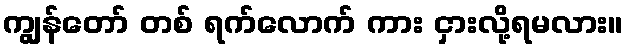
ကျွန်တော် တစ် ရက်လောက် ကား ငှားလို့ရမလား။